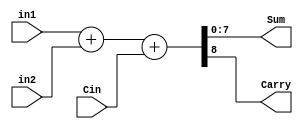
// A N bit adder implementation
// Inputs:
// 		in1, in2	-- Inputs to adder
// 		Cin       -- Carry in 
// Outputs:
// 		Carry, Sum  -- Carry and Sum of adder
module nadder #(parameter DWIDTH = 8)
(
	input [DWIDTH-1:0] in1,
	input [DWIDTH-1:0] in2,
	input Cin,

	output [DWIDTH-1:0] Sum,
	output Carry
);

assign {Carry, Sum} = in1 + in2 + Cin;
endmodule